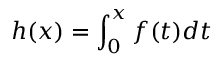
h ( x ) = \int _ { 0 } ^ { x } f ( t ) d t